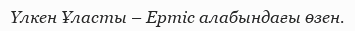
Үлкен Ұласты – Ертіс алабындағы өзен.